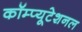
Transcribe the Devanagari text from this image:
कॉम्प्यूटेशनल